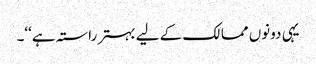
یہی دونوں ممالک کے لیے بہتر راستہ ہے‘‘۔